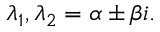
\lambda _ { 1 } , \lambda _ { 2 } = \alpha \pm \beta i .